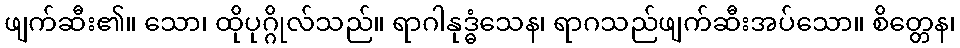
ဖျက်ဆီး၏။ သော၊ ထိုပုဂ္ဂိုလ်သည်။ ရာဂါနုဒ္ဓံသေန၊ ရာဂသည်ဖျက်ဆီးအပ်သော။ စိတ္တေန၊